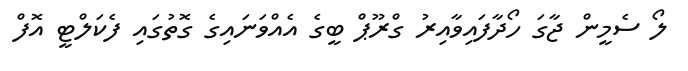
ލޯ ސެމީން ޖާގަ ހޯދާފައިވާއިރު ގްރޫޕް ބީގެ އެއްވަނައިގެ ގޮތުގައި ފެކަލްޓީ އޮފް